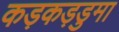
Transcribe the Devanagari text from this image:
कड़कड़डुमा